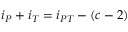
i _ { P } + i _ { T } = i _ { P T } - ( c - 2 )